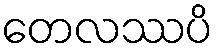
တေလဿပိ